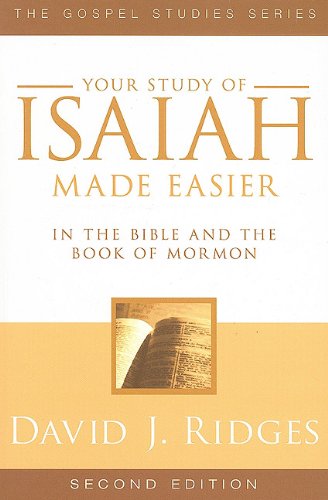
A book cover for Your Study of Isaiah Made Easier in the Bible and the Book of Mormon: In the Bible and Book of Mormon (Gospel Studies Series) (Gospel Studies (Cedar Fort)); David J. Ridges; Christian Books & Bibles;